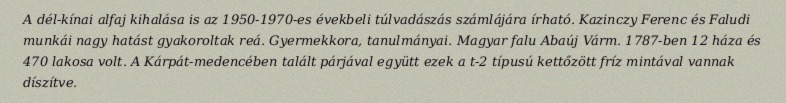
A dél-kínai alfaj kihalása is az 1950-1970-es évekbeli túlvadászás számlájára írható. Kazinczy Ferenc és Faludi munkái nagy hatást gyakoroltak reá. Gyermekkora, tanulmányai. Magyar falu Abaúj Várm. 1787-ben 12 háza és 470 lakosa volt. A Kárpát-medencében talált párjával együtt ezek a t-2 típusú kettőzött fríz mintával vannak díszítve.